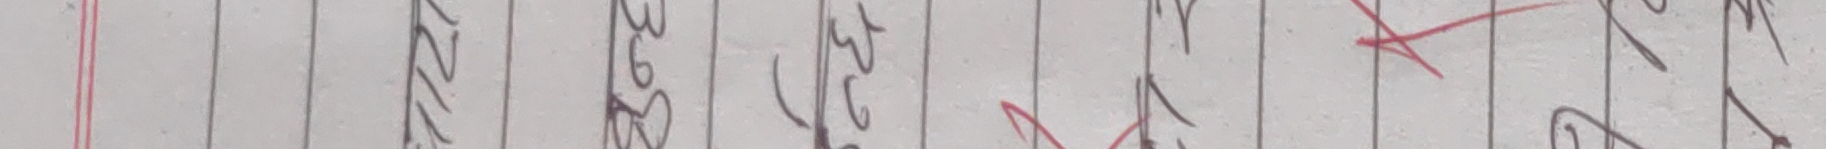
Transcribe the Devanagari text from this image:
३७२